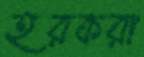
হরকরা